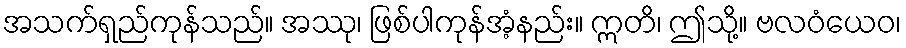
အသက်ရှည်ကုန်သည်။ အဿု၊ ဖြစ်ပါကုန်အံ့နည်း။ ဣတိ၊ ဤသို့။ ဗလဝံယေဝ၊